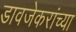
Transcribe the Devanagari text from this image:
डावजेकरांच्या